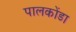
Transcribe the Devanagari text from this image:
पालकोंडा